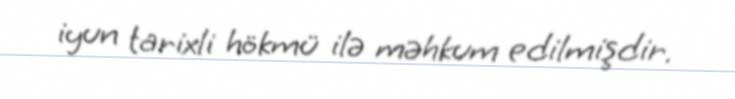
iyun tarixli hökmü ilə məhkum edilmişdir.